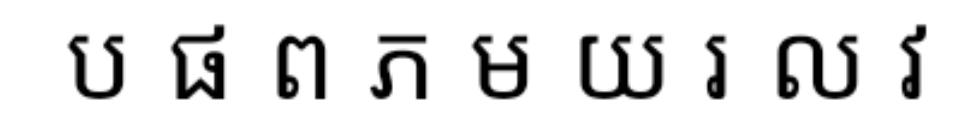
ប ផ ព ភ​ ម យ រ ល វ